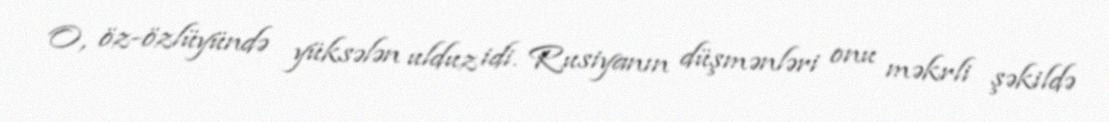
O, öz-özlüyündə yüksələn ulduz idi. Rusiyanın düşmənləri onu məkrli şəkildə